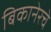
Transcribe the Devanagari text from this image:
बिकानेरचे